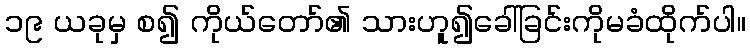
၁၉ ယခုမှ စ၍ ကိုယ်တော်၏ သားဟူ၍ခေါ်ခြင်းကိုမခံထိုက်ပါ။